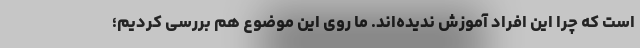
است که چرا این افراد آموزش ندیده‌اند. ما روی این موضوع هم بررسی کردیم؛